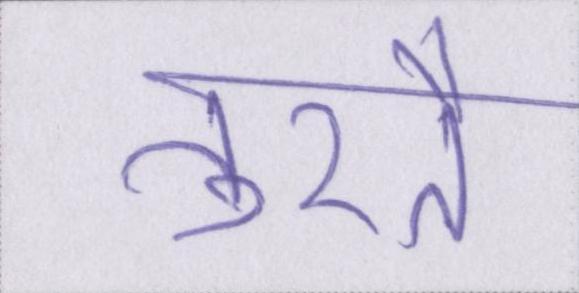
तुरतै